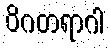
ဝိဂတရာဂါ